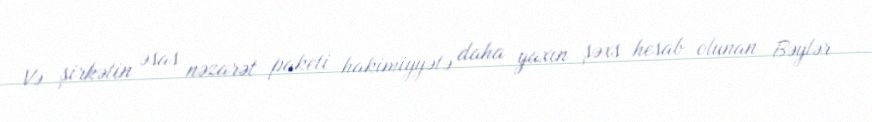
Və şirkətin əsas nəzarət paketi hakimiyyətə daha yaxın şəxs hesab olunan Bəylər